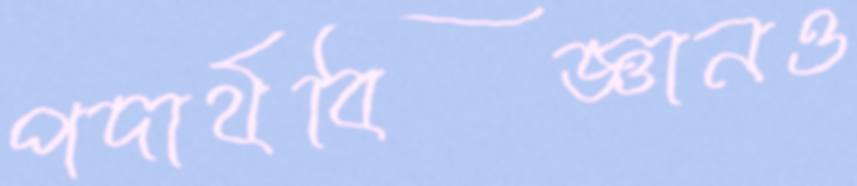
পদার্থবিজ্ঞানও